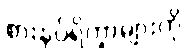
စားနပ်ရိက္ခာများကို